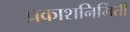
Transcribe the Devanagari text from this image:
प्रकाशनिर्मिती